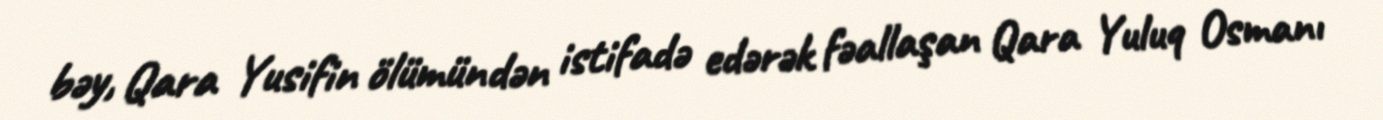
bəy, Qara Yusifin ölümündən istifadə edərək fəallaşan Qara Yuluq Osmanı